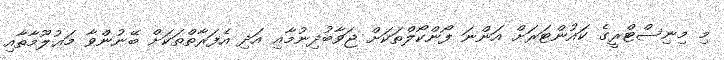
މި މިނިސްޓްރީގެ ކައުންޓަރަށް އަންނަ ފޯންކޯލްތަކަށް ޖަވާބުދިނުމާއި އަދި އެފަރާތްތަކަށް ބޭނުންވާ މަޢުލޫމާތާއި